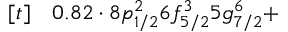
\begin{array} { r l } { [ t ] } & { { } 0 . 8 2 \cdot 8 p _ { 1 / 2 } ^ { 2 } 6 f _ { 5 / 2 } ^ { 3 } 5 g _ { 7 / 2 } ^ { 6 } + } \end{array}